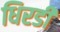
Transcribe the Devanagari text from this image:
धिरडी